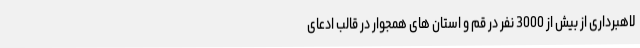
لاهبرداری از بیش از 3000 نفر در قم و استان های همجوار در قالب ادعای